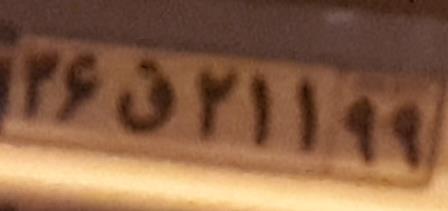
۳۶ق۲۱۱۹۹